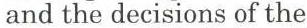
and the decisions of the